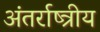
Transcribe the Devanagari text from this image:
अंतर्राष्त्रीय